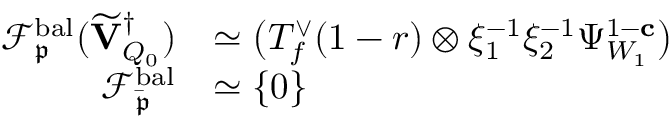
\begin{array} { r l } { \mathscr { F } _ { \mathfrak { p } } ^ { \mathrm { b a l } } ( \widetilde { \mathbf { V } } _ { Q _ { 0 } } ^ { \dagger } ) } & { \simeq \bigl ( T _ { f } ^ { \vee } ( 1 - r ) \otimes \xi _ { 1 } ^ { - 1 } \xi _ { 2 } ^ { - 1 } \Psi _ { W _ { 1 } } ^ { 1 - \mathbf { c } } \bigr ) } \\ { \mathscr { F } _ { \bar { \mathfrak { p } } } ^ { \mathrm { b a l } } } & { \simeq \{ 0 \} } \end{array}